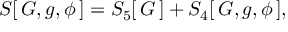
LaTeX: S [ \, G , g , \phi \, ] = S _ { 5 } [ \, G \, ] + S _ { 4 } [ \, G , g , \phi \, ] ,